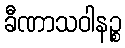
ခီဏာသဝါနဉ္စ